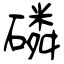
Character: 磷